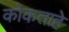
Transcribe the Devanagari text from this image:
कोकताहे